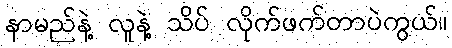
နာမည်နဲ့ လူနဲ့ သိပ် လိုက်ဖက်တာပဲကွယ်။